Vaccination Hyderabad 1890-1903 - 1890-1903
Year: 1890
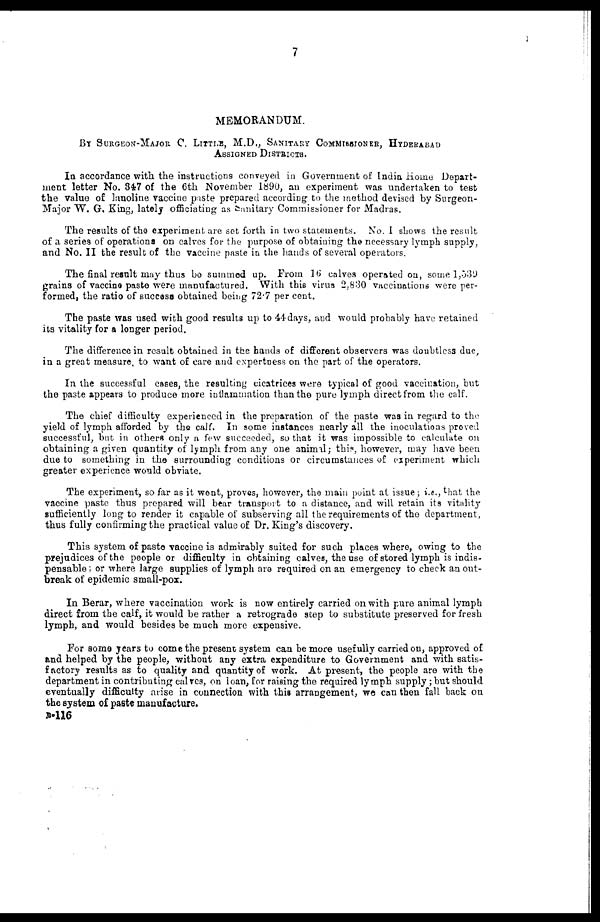
7
MEMORANDUM.
BY SURGEON-MAJOR C. LITTLE, M.D., SANITARY COMMISSIONER, HYDERABAD
ASSIGNED DISTRICTS.
In accordance with the instructions conveyed in Government of India Home Depart-
ment letter No. 347 of the 6th November 1890, an experiment was undertaken to test
the value of lanoline vaccine paste prepared according to the method devised by Surgeon-
Major W. G. King, lately officiating as Sanitary Commissioner for Madras.
The results of the experiment are set forth in two statements. No. I shows the result
of a series of operations on calves for the purpose of obtaining the necessary lymph supply,
and No. II the result of the vaccine paste in the hands of several operators.
The final result may thus be summed up. From 16 calves operated on, some 1,539
grains of vaccine paste were manufactured. With this virus 2,830 vaccinations were per-
formed, the ratio of success obtained being 72.7 per cent.
The paste was used with good results up to 44 days, and would probably have retained
its vitality for a longer period.
The difference in result obtained in the hands of different observers was doubtless due,
in a great measure, to want of care and expertness on the part of the operators.
In the successful cases, the resulting cicatrices were typical of good vaccination, but
the paste appears to produce more inflammation than the pure lymph direct from the calf.
The chief difficulty experienced in the preparation of the paste was in regard to the
yield of lymph afforded by the calf. In some instances nearly all the inoculations proved
successful, but in others only a few succeeded, so that it was impossible to calculate on
obtaining a given quantity of lymph from any one animal ; this, however, may have been
due to something in the surrounding conditions or circumstances of experiment which
greater experience would obviate.
The experiment, so far as it went, proves, however, the main point at issue ; i.e., that the
vaccine paste thus prepared will bear transport to a distance, and will retain its vitality
sufficiently long to render it capable of subserving all the requirements of the department,
thus fully confirming the practical value of Dr. King's discovery.
This system of paste vaccine is admirably suited for such places where, owing to the
prejudices of the people or difficulty in obtaining calves, the use of stored lymph is indis-
pensable ; or where large supplies of lymph are required on an emergency to check an out-
break of epidemic small-pox.
In Berar, where vaccination work is now entirely carried on with pure animal lymph
direct from the calf, it would be rather a retrograde step to substitute preserved for fresh
lymph, and would besides be much more expensive.
For some years to come the present system can be more usefully carried on, approved of
and helped by the people, without any extra expenditure to Government and with satis-
factory results as to quality and quantity of work. At present, the people are with the
department in contributing calves, on loan, for raising the required lymph supply ; but should
eventually difficulty arise in connection with this arrangement, we can then fall back on
the system of paste manufacture.
B-116